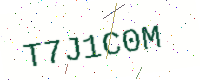
Text: T7J1C0M